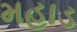
મહાડ